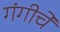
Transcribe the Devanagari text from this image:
गंगीचे